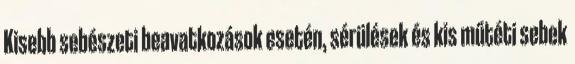
Kisebb sebészeti beavatkozások esetén, sérülések és kis műtéti sebek